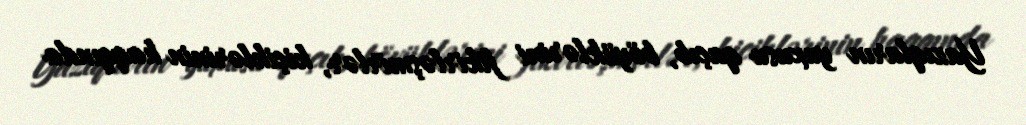
Yazıqların yuxusu qaçıb, böyüklərini fikirləşmirlər, kiçiklərinin haqqında